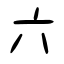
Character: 六